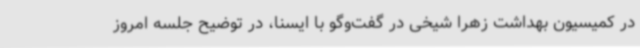
در کمیسیون بهداشت زهرا شیخی در گفت‌وگو با ایسنا، در توضیح جلسه امروز